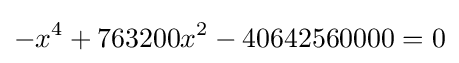
-x^{4}+763200x^{2}-40642560000=0